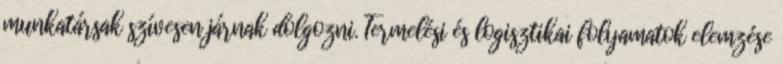
munkatársak szívesen járnak dolgozni. Termelési és logisztikai folyamatok elemzése